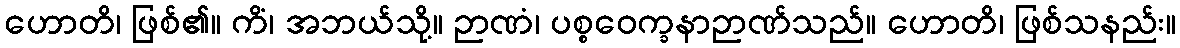
ဟောတိ၊ ဖြစ်၏။ ကိံ၊ အဘယ်သို့။ ဉာဏံ၊ ပစ္စဝေက္ခနာဉာဏ်သည်။ ဟောတိ၊ ဖြစ်သနည်း။